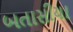
બતાસીયા